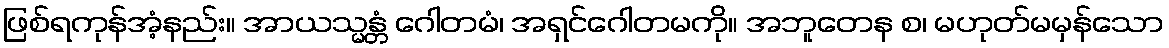
ဖြစ်ရကုန်အံ့နည်း။ အာယသ္မန္တံ ဂေါတမံ၊ အရှင်ဂေါတမကို။ အဘူတေန စ၊ မဟုတ်မမှန်သော